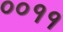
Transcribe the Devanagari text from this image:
००११